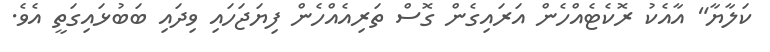
ކަލާޔާ" އާއެކު ރޮކެޓެއްހެން އަރައިގެން ގޮސް ތަރިއެއްހެން ފިޔަޖަހައި ވިދައި ބަބުޅައިގަތީ އެވެ.